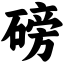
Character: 磅